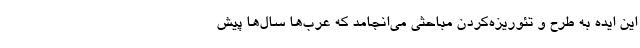
این ایده به طرح و تئوریزه‌کردن مباحثی می‌انجامد که عرب‌ها سال‌ها پیش